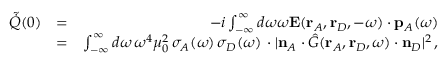
\begin{array} { r l r } { \tilde { \dot { Q } } ( 0 ) } & { = } & { - i \int _ { - \infty } ^ { \infty } d \omega \omega \mathbf { E } ( \mathbf { r } _ { A } , \mathbf { r } _ { D } , - \omega ) \cdot { \mathbf { p } } _ { A } ( \omega ) } \\ & { = } & { \int _ { - \infty } ^ { \infty } d \omega \, \omega ^ { 4 } \mu _ { 0 } ^ { 2 } \, \sigma _ { A } ( \omega ) \, \sigma _ { D } ( \omega ) \, \cdot | \mathbf { n } _ { A } \cdot \hat { G } ( \mathbf { r } _ { A } , \mathbf { r } _ { D } , \omega ) \cdot \mathbf { n } _ { D } | ^ { 2 } \, , } \end{array}